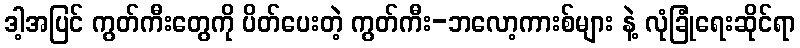
ဒါ့အပြင် ကွတ်ကီးတွေကို ပိတ်ပေးတဲ့ ကွတ်ကီး-ဘလော့ကားစ်များ နဲ့ လုံခြုံရေးဆိုင်ရာ